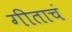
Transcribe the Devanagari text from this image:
गीताचं